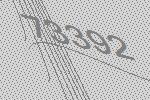
73392